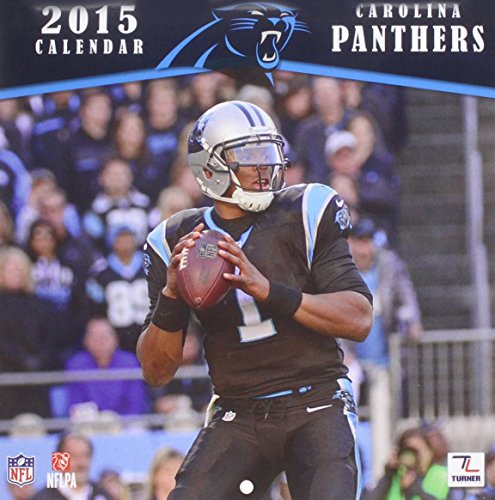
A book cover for Carolina Panthers 2015 Calendar; Calendars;